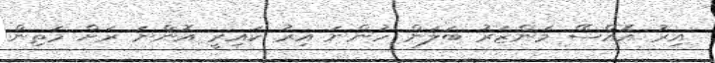
އިރު އޮއްސޭ މަންޒަރު ބަލަން ހުންނަ އިރު ކައިރީ އޮންނަ ރަށް މަތިން